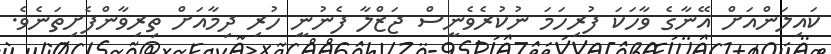
ކައިލަންއަށް އޭނާގެ ވާހަކަ ފުރިހަމަ ނުކުރެވެނީސް ޖަޒްލާ ފެނުނީ ހުރި ދިމާއަށް ތިރިވާންފެށިތަނެވެ.